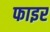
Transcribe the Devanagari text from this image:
फाइर